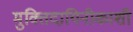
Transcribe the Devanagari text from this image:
मुक्तिदायिनीकाशी